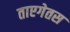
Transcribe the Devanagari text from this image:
ताएगेतस